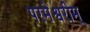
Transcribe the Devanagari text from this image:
परमेश्वरीम्